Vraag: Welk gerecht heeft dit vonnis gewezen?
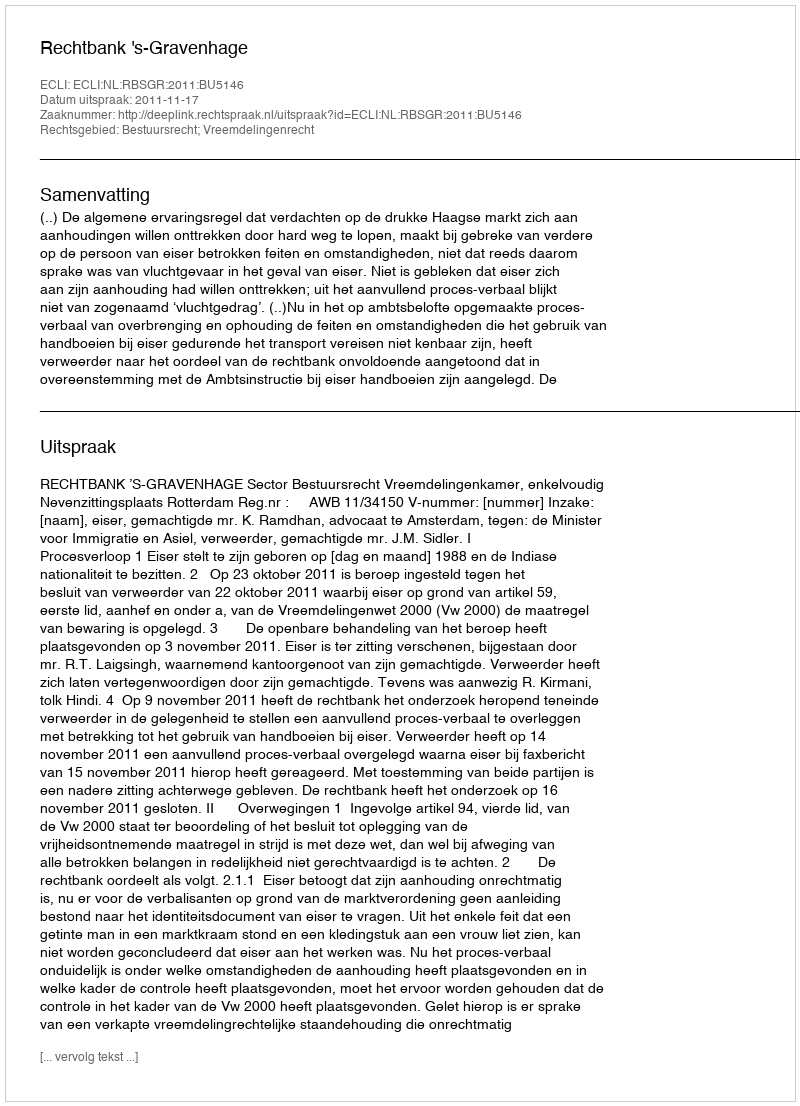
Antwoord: Rechtbank 's-Gravenhage